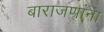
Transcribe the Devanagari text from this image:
बाराजणांना